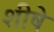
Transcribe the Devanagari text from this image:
शीषे